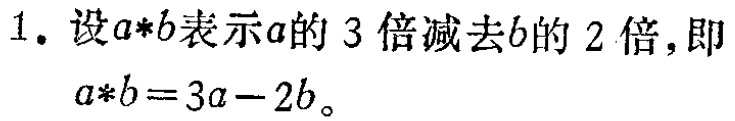
1. 设\(a*b\)表示\(a\)的\(3\)倍减去\(b\)的\(2\)倍，即
   \(a*b = 3a - 2b\)。